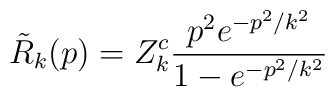
\tilde{R}_k(p) = Z^c_k \frac{p^2 e^{-p^2/k^2}}{1 - e^{-p^2/k^2}}